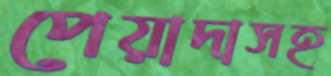
পেয়াদাসহ